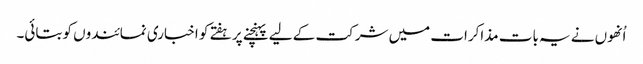
اُنھوں نے یہ بات مذاکرات میں شرکت کے لیے پہنچنے پر ہفتے کو اخباری نمائندوں کو بتائی۔